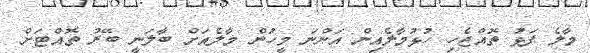
މާލެ ފަޅު ތޮއްޖެހި ހުޅުމާލެއިން އަންނަ މީހުން މާލެއަށް ބާލަނީ ބޭރު ތޮއްޓަށް